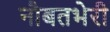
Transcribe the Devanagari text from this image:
नौबतभेरी